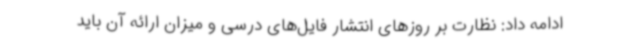
ادامه داد: نظارت بر روزهای انتشار فایل‌های درسی و میزان ارائه آن باید